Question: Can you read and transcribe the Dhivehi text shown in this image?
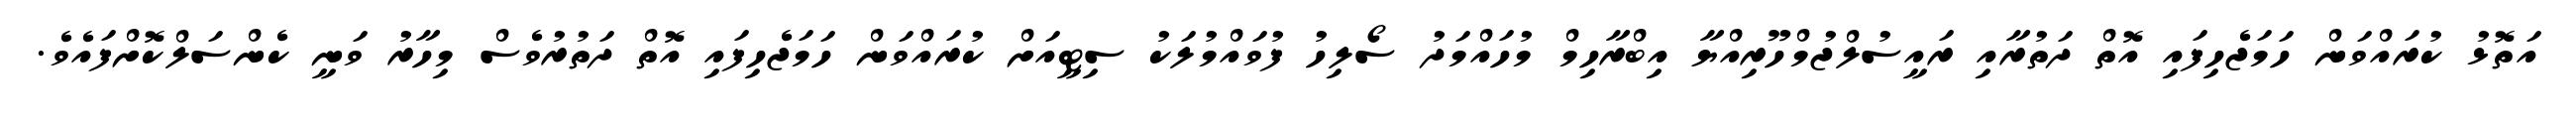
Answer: އަތޮޅު ކުރައްވަން ހަމަޖެހިފައި އޮތް ދަތުރާއި ރައީސުލްޖުމްހޫރިއްޔާ އިބްރާހިމް މުހައްމަދު ސޯލިހު ފުވައްމުލަކު ސިޓީއަށް ކުރައްވަން ހަމަޖެހިފައި އޮތް ދަތުރުވެސް މިހާރު ވަނީ ކެންސަލްކޮށްފައެވެ.